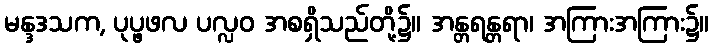
မန္ဒဒသက, ပုပ္ဖဖလ ပလ္လဝ အစရှိသည်တို့၌။ အန္တရန္တရာ၊ အကြားအကြား၌။